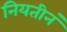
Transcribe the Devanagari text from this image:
नियतीनं